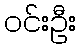
ဝင်းဦး